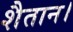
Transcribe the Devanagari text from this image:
शैतान।